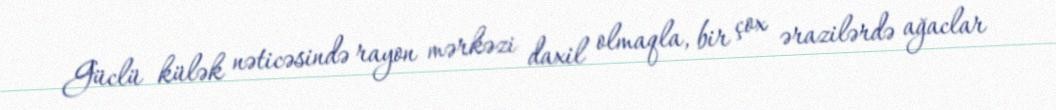
Güclü külək nəticəsində rayon mərkəzi daxil olmaqla, bir çox ərazilərdə ağaclar